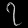
Digit: ၇